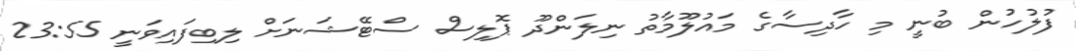
ފުލުހުން ބުނީ މި ހާދިސާގެ މައުލޫމާތު ނިލަންދޫ ޕޮލިސް ސްޓޭޝަނަށް ލިބިފައިވަނީ 23:55